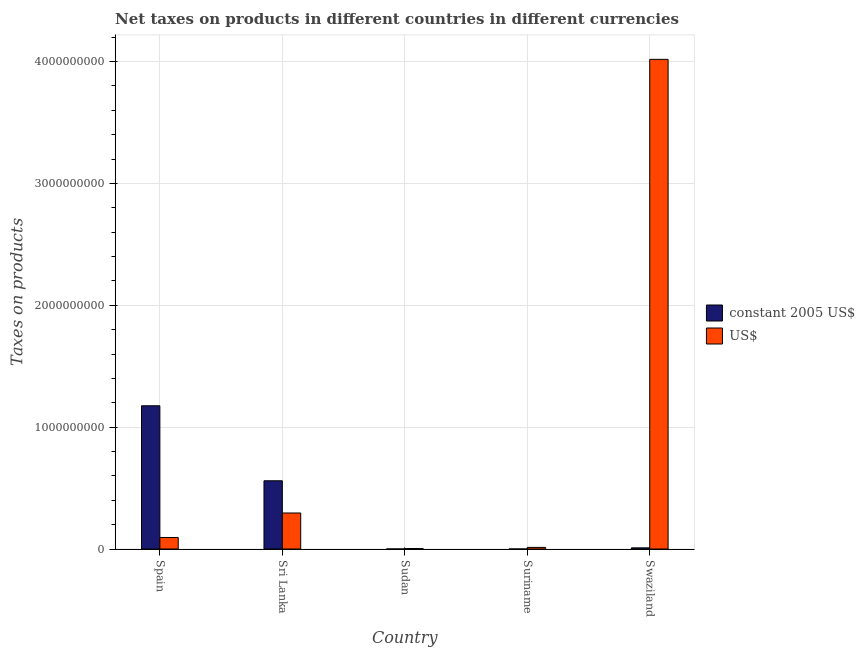
| Country | constant 2005 US$ | US$ |
 | --- | --- | --- |
 | Spain | 1.18e+09 | 9.44e+07 |
 | Sri Lanka | 5.6e+08 | 2.96e+08 |
 | Sudan | 1.03e+05 | 4.1e+06 |
 | Suriname | 8.2e+03 | 1.31e+07 |
 | Swaziland | 9.4e+06 | 4.02e+09 |